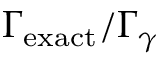
\Gamma _ { \mathrm { e x a c t } } / \Gamma _ { \gamma }